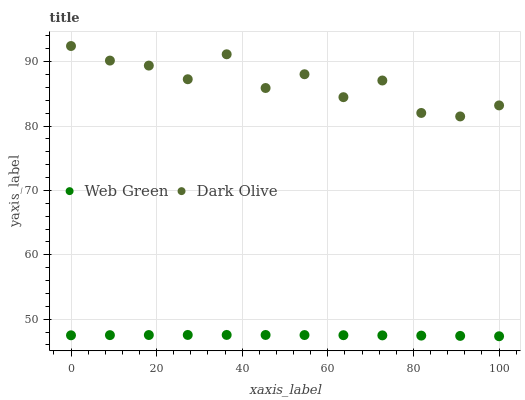
| xaxis_label | Web Green | Dark Olive |
 | --- | --- | --- |
 | 0 | 47.5 | 92.4 |
 | 9.09 | 47.5 | 90.2 |
 | 18.2 | 47.5 | 89.4 |
 | 27.3 | 47.5 | 87.3 |
 | 36.4 | 47.6 | 91.1 |
 | 45.5 | 47.5 | 85.9 |
 | 54.5 | 47.5 | 88 |
 | 63.6 | 47.5 | 84.5 |
 | 72.7 | 47.5 | 87.1 |
 | 81.8 | 47.4 | 82 |
 | 90.9 | 47.4 | 81.5 |
 | 100 | 47.3 | 83.2 |